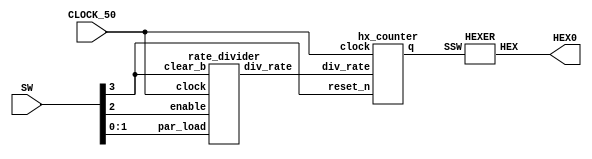
module par2(SW, HEX0, CLOCK_50);
    input [3:0] SW;
	 input CLOCK_50; 
	 output [6:0] HEX0;
	 wire enable;
	 wire clear_b;
	 wire clock;
	 wire [1:0] par_load;
	 wire [2:0] rate;
	 wire [3:0] value;
	 assign clock = CLOCK_50;
	 assign clear_b = SW[3];
	 assign enable = SW[2];
	 assign par_load[1] = SW[1];
	 assign par_load[0] = SW[0];
	 
	 rate_divider rd0(
	       .div_rate(rate),
			 .clock(clock),
			 .clear_b(clear_b),
			 .enable(enable),
			 .par_load(par_load)
			 );
	hx_counter hc0(
	       .q(value),
			 .div_rate(rate),
			 .clock(clock),
			 .reset_n(clear_b)
			 );
	 
	HEXER H0(
        .SSW(value),
        .HEX(HEX0[6:0])
        );
endmodule
	 
module rate_divider(div_rate, clock, clear_b, enable, par_load);
    output reg [2:0] div_rate;
    input clock;
    input clear_b;
	 input enable;
    input [1:0] par_load;
	 reg [2:0] upper;

	 always @(*)
	 begin
	     case (par_load[1:0])
		      2'b00: upper = 3'b001;
				2'b01: upper = 3'b010;
				2'b10: upper = 3'b100;
				2'b11: upper = 3'b111;
				default: upper = 3'b010;
		  endcase
	 end 

    always @(posedge clock)
	 begin
	     if (clear_b == 1'b0)
		      div_rate <= upper;
        else if (enable == 1'b1)
		     begin
			     if (div_rate == 3'b000)
			        div_rate <= upper;
			     else
				     div_rate <= div_rate - 1'b1;
           end
	 end
endmodule
	 
module hx_counter(q, div_rate, clock, reset_n);
	 //output q;
	 //wire [3:0] d;
	 input [2:0] div_rate;
    input clock;
    input reset_n;
    //wire par_load, enable;
    output reg [3:0]q;
	 assign enable = (div_rate == 3'b000) ? 1 : 0;
	 
    always @(posedge clock)
	 begin
	     if (reset_n == 1'b0)
		      q <= 4'b0000;
        else if (enable == 1'b1)
		     begin
			     if ( q == 4'b1111)
			        q <= 4'b0000;
			     else
				     q <= q + 1'b1;
           end
	 end 
endmodule
		  
module HEXER(HEX, SSW);
    input [3:0] SSW;
    output [6:0] HEX;
	 
	 assign HEX[0] = (~SSW[3] & ~SSW[2] & ~SSW[1] & SSW[0]) | (~SSW[3] & SSW[2] & ~SSW[1] & ~SSW[0]) | (SSW[3] & ~SSW[2] & SSW[1] & SSW[0]) | (SSW[3] & SSW[2] & ~SSW[1] & SSW[0]);
	 assign HEX[1] = (SSW[3] & SSW[2] & ~SSW[0]) | (SSW[3] & SSW[1] & SSW[0]) | (SSW[2] & SSW[1] & ~SSW[0]) | (~SSW[3] & SSW[2] & ~SSW[1] & SSW[0]);
	 assign HEX[2] = (SSW[3] & SSW[2] & ~SSW[0]) | (SSW[3] & SSW[2] & SSW[1]) | (~SSW[3] & ~SSW[2] & SSW[1] & ~SSW[0]);
	 assign HEX[3] = (~SSW[3] & SSW[2] & ~SSW[1] & ~SSW[0]) | (~SSW[3] & ~SSW[2] & ~SSW[1] & SSW[0]) | (SSW[2] & SSW[1] & SSW[0]) | (SSW[3] & ~SSW[2] & SSW[1] & ~SSW[0]);
	 assign HEX[4] = (~SSW[3] & SSW[0]) | (~SSW[3] & SSW[2] & ~SSW[1]) | (~SSW[2] & ~SSW[1] & SSW[0]);
	 assign HEX[5] = (SSW[3] & SSW[2] & ~SSW[1] & SSW[0]) | (~SSW[3] & ~SSW[2] & SSW[0]) | (~SSW[3] & ~SSW[2] & SSW[1]) | (~SSW[3] & SSW[1] & SSW[0]);
	 assign HEX[6] = (~SSW[3] & ~SSW[2] & ~SSW[1]) | (~SSW[3] & SSW[2] & SSW[1] & SSW[0]) | (SSW[3] & SSW[2] & ~SSW[1] & ~SSW[0]);
	 
endmodule